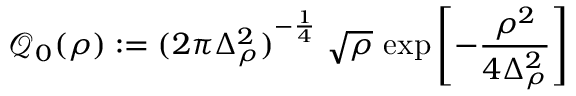
\mathcal { Q } _ { 0 } ( \rho ) : = { ( 2 \pi \Delta _ { \rho } ^ { 2 } ) } ^ { - \frac 1 4 } \; \sqrt { \rho } \, \exp \left[ - \frac { \rho ^ { 2 } } { 4 \Delta _ { \rho } ^ { 2 } } \right]